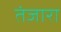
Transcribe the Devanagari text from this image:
तंजारा